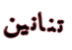
تنانين